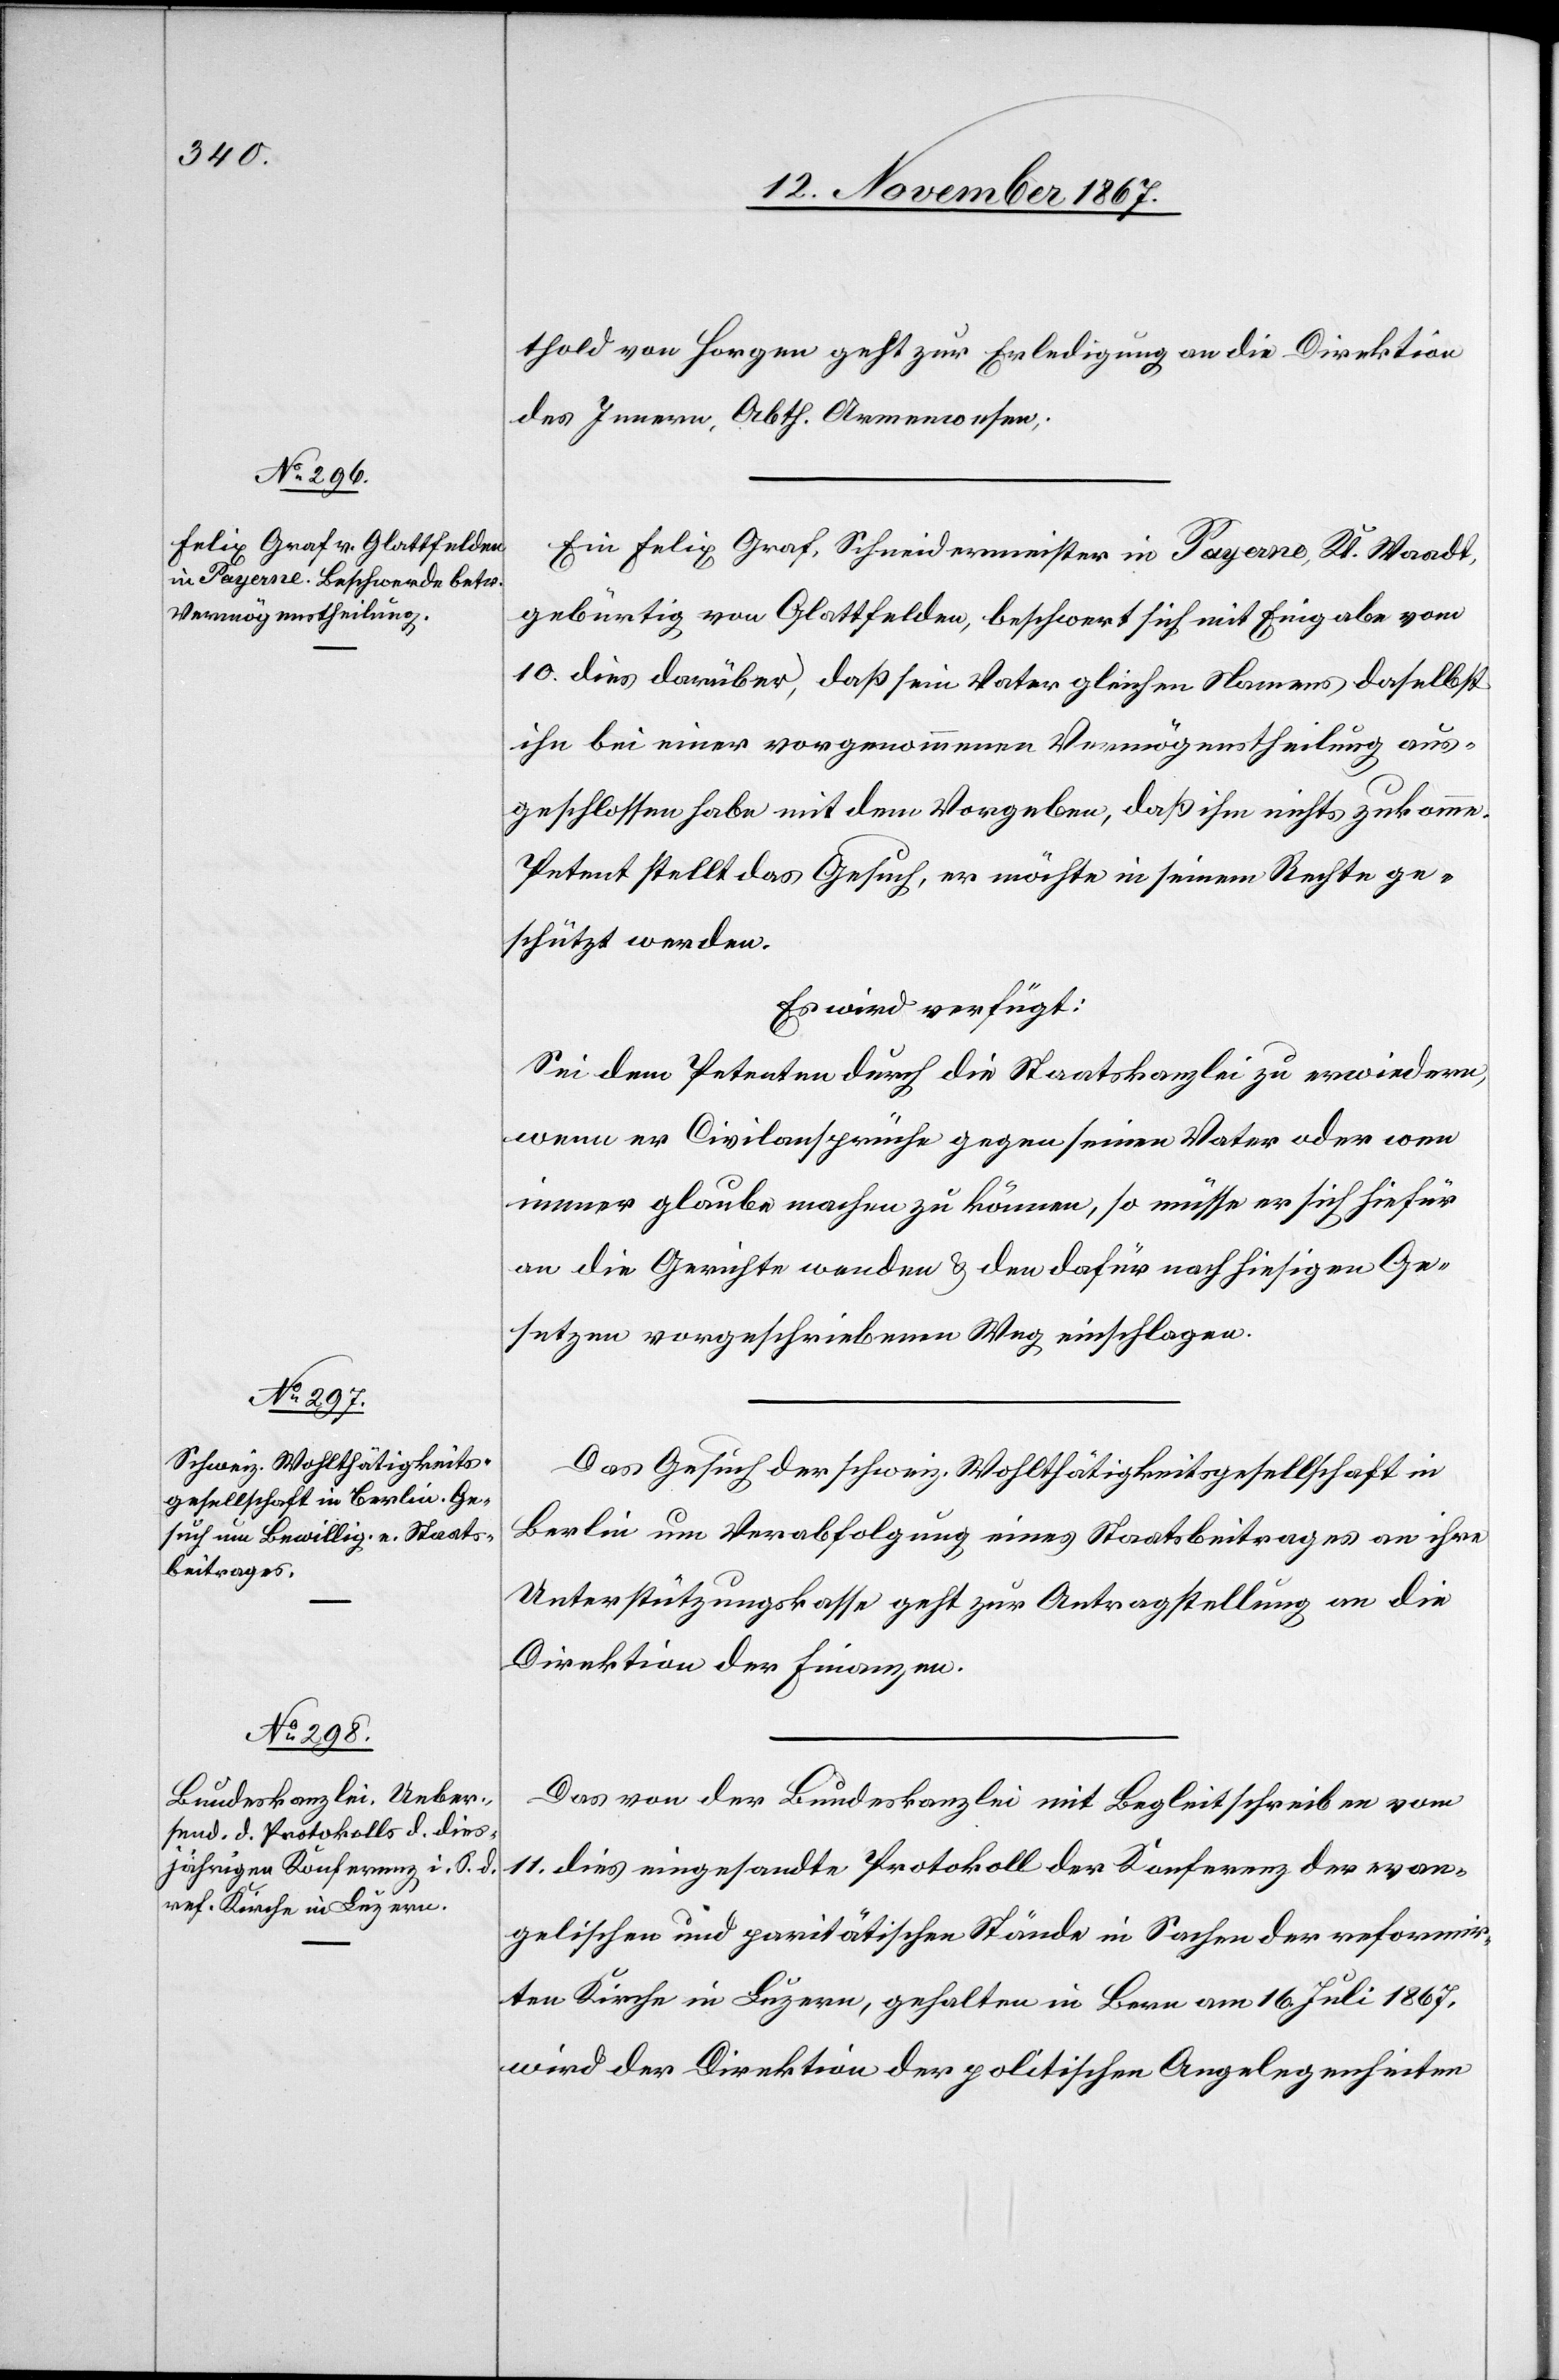
13. November 1867.]
thold von Horgen geht zur Erledigung an die Direktion
des Innern, Abth. Armenwesen.
Ein Felix Graf, Schneidermeister in Payerne, Kt. Waadt,
gebürtig von Glattfelden, beschwert sich mit Eingabe vom
10. dies darüber, daß sein Vater gleichen Namens daselbst
ihn bei einer vorgenommenen Vermögenstheilung aus¬
geschlossen habe mit dem Vorgehen, daß ihm nichts zukomme.
Petent stellt das Gesuch, er möchte in seinem Rechte ge¬
schützt werden.
Es wird verfügt:
Sei dem Petenten durch die Staatskanzlei zu erwiedern,
wenn er Civilansprüche gegen seinen Vater oder wen
immer glaube machen zu können, so müsse er sich hiefür
an die Gerichte wenden u. den dafür nach hiesigen Ge¬
setzen vorgeschriebenen Weg einschlagen.
Das Gesuch der schweiz. Wohlthätigkeitsgesellschaft in
Berlin um Verabfolgung eines Staatsbeitrag an ihre
Unterstützungskasse geht zur Antragstellung an die
Direktion der Finanzen.
Das von der Bundeskanzlei mit Begleitschreiben vom
11. dies eingesandte Protokoll der Konferenz der evan¬
gelischen und paritätischen Stände in Sachen der reformir¬
ten Kirche in Luzern, gehalten in Bern am 16. Juli 1867,
wird der Direktion der politischen Angelegenheiten